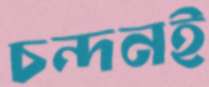
চন্দনই